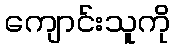
ကျောင်းသူကို